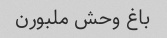
باغ وحش ملبورن